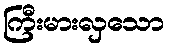
ကြီးမားလှသော